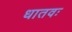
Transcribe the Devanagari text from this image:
धातवः